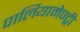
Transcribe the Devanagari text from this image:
पार्लियामेण्ट्री